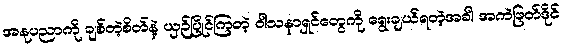
အနုပညာကို ချစ်တဲ့စိတ်နဲ့ ယှဉ်ပြိုင်ကြတဲ့ ဝါသနာရှင်တွေကို ရွေးချယ်ရတဲ့အခါ အကဲဖြတ်ဒိုင်